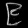
Digit: ၉